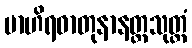
ဗာဟိရဓာတုနာနတ္တသုတ္တံ